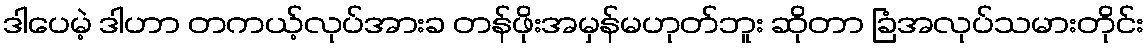
ဒါပေမဲ့ ဒါဟာ တကယ့်လုပ်အားခ တန်ဖိုးအမှန်မဟုတ်ဘူး ဆိုတာ ခြံအလုပ်သမားတိုင်း